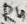
Text: R4